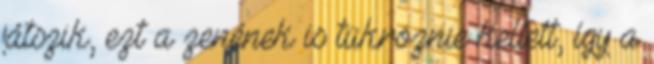
játszik, ezt a zenének is tükröznie kellett, így a